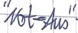
Text: "Not-Aus"